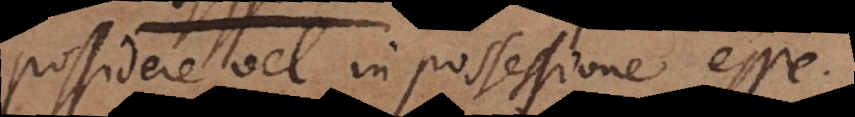
possidere vel in possessione esse.